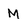
Character: M